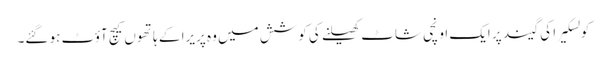
کولسکیرا کی گیند پر ایک اونچی شاٹ کھیلنے کی کوشش میں وہ پریرا کے ہاتھوں کیچ آؤٹ ہو گئے۔